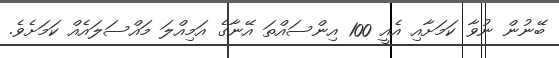
ބޭނުން ނުވާ ކަމަށާއި އެއީ 100 އިންސައްތަ އޭނާގެ އަމިއްލަ މައްސަލައެއް ކަމަށެވެ.